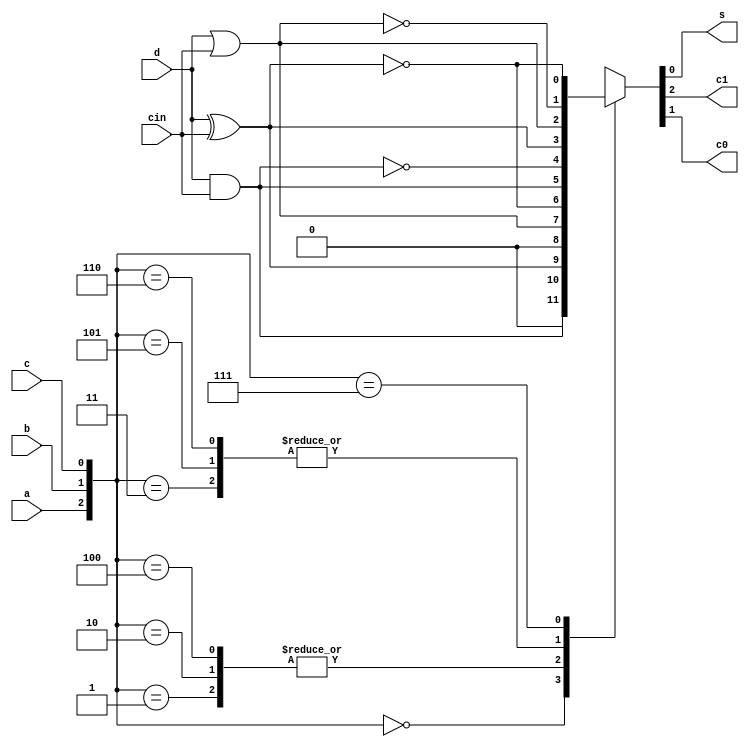
module add_4bits (
	input a,b,c,d,cin,
	output reg s,c1,c0
	);

wire w1,w2;
xor xor1(w1,d,cin);
not not1(w2,w1);

wire w3,w4,w5,w6;
and and1(w3,d,cin);
or or1(w4,d,cin);
not not2(w5,w3);
not not3(w6,w4);

always @(a,b,c,d,cin,w1,w2,w3,w4,w5,w6) begin
	case({a,b,c})
		3'b000 : {c1,c0,s} = {1'b0 , w3 , w1};
		3'b001 : {c1,c0,s} = {1'b0 , w4 , w2};
		3'b010 : {c1,c0,s} = {1'b0 , w4 , w2};
		3'b011 : {c1,c0,s} = {w3 , w5 , w1};
		3'b100 : {c1,c0,s} = {1'b0 , w4 , w2};
		3'b101 : {c1,c0,s} = {w3 , w5 , w1};
		3'b110 : {c1,c0,s} = {w3 , w5 , w1};
		3'b111 : {c1,c0,s} = {w4 , w6 , w2};	
	endcase
end

endmodule